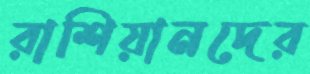
রাশিয়ানদের